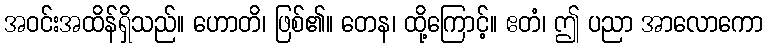
အဝင်းအထိန်ရှိသည်။ ဟောတိ၊ ဖြစ်၏။ တေန၊ ထို့ကြောင့်။ ဧတံ၊ ဤ ပညာ အာလောကော